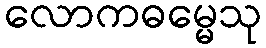
လောကဓမ္မေသု